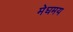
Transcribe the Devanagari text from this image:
मेघमय